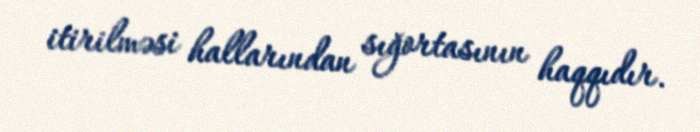
itirilməsi hallarından sığortasının haqqıdır.